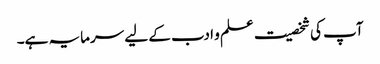
آپ کی شخصیت علم و ادب کے لیے سرمایہ ہے۔